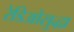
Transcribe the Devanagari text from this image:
रेडिओसुद्धा